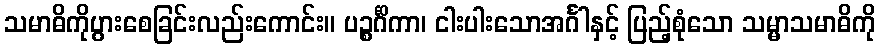
သမာဓိကိုပွားစေခြင်းလည်းကောင်း။ ပဉ္စင်္ဂိကာ၊ ငါးပါးသောအင်္ဂါနှင့် ပြည့်စုံသော သမ္မာသမာဓိကို